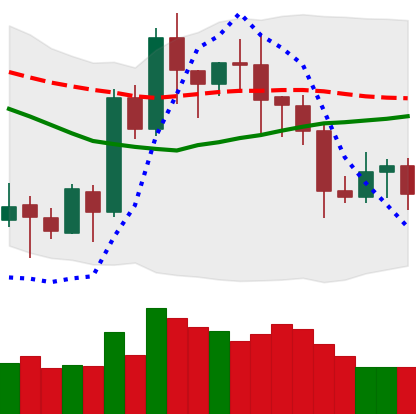
Ticker: LTC-USD
Chart end date: 2020-07-20
Forward return: 16.269%
Label: up_7plus